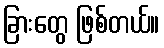
ခြားတွေ ဖြစ်တယ်။